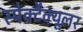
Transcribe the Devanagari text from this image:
स्पेक्टैक्यूलर